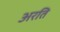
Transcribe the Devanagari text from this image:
अरति